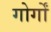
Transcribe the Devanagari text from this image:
गोर्गों